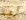
أهه